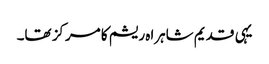
یہی قدیم شاہراہ ریشم کا مرکز تھا۔